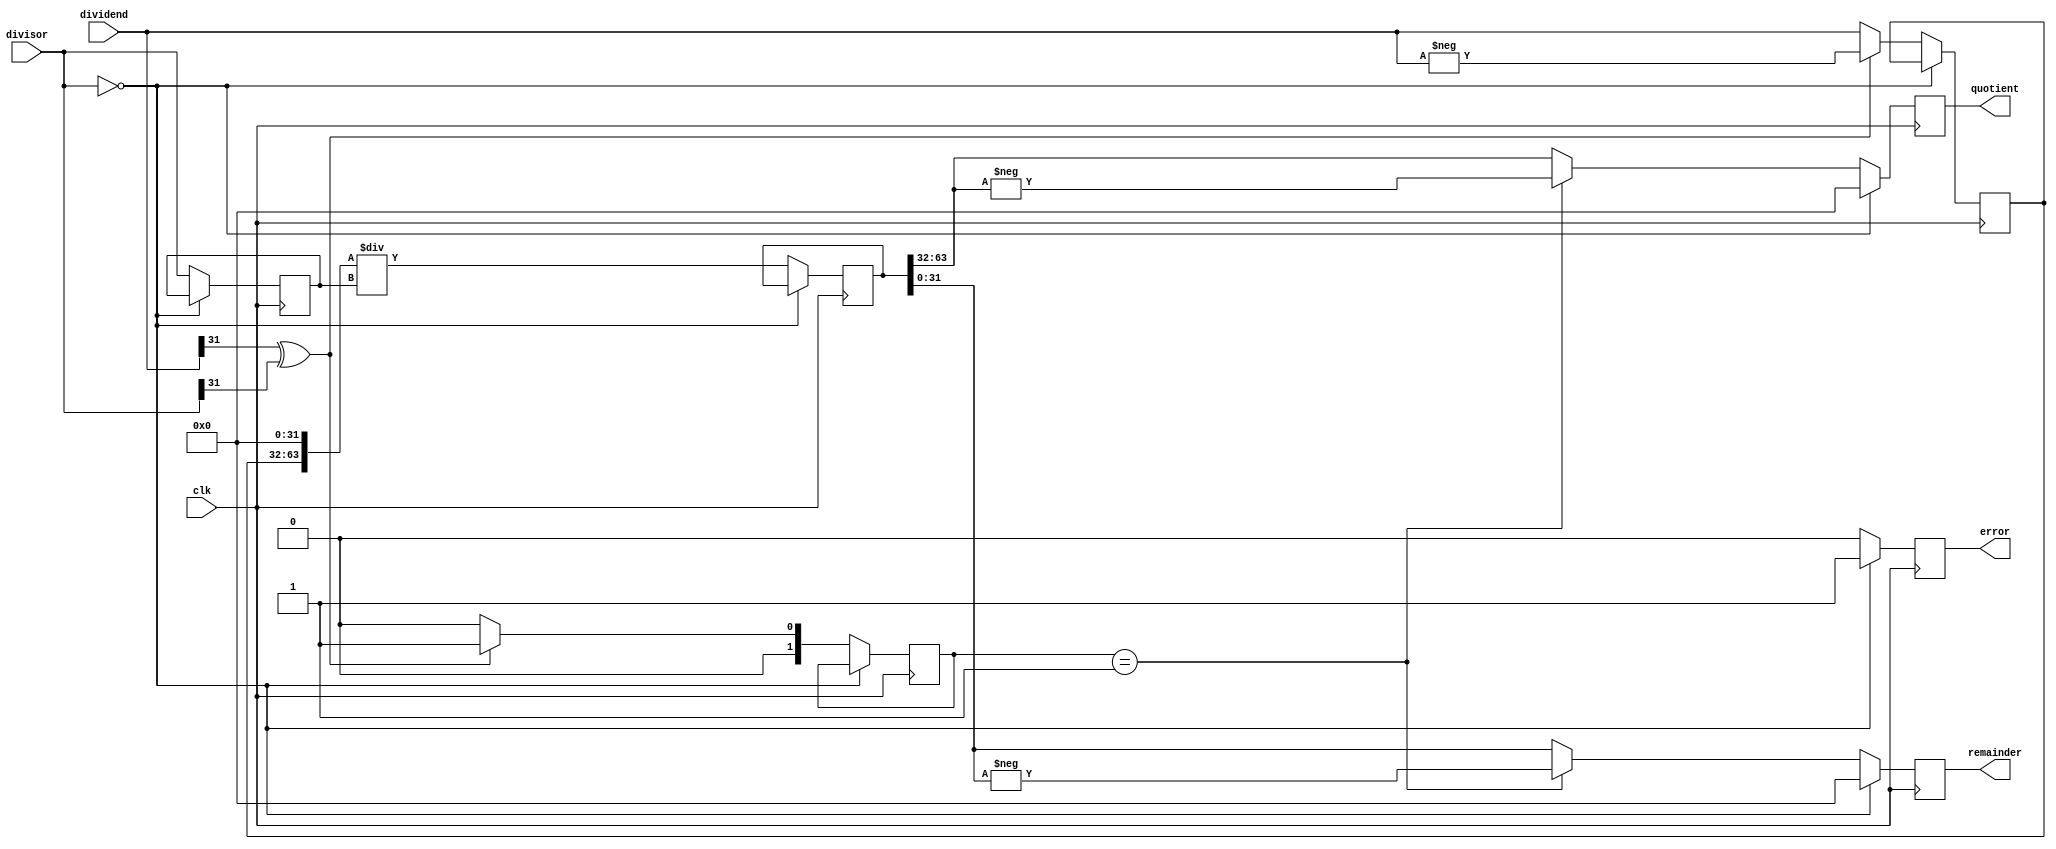
module Synchronous_Divider (
    input wire clk,
    input wire [31:0] dividend,
    input wire [31:0] divisor,
    output reg [31:0] quotient,
    output reg [31:0] remainder,
    output reg error
);

reg [31:0] temp_dividend;
reg [31:0] temp_divisor;
reg [63:0] temp_result;
reg [1:0] sign;
reg [31:0] count;

always @(posedge clk) begin
    if (divisor == 0) begin
        error <= 1;
        quotient <= 32'h0;
        remainder <= 32'h0;
    end else begin
        error <= 0;
        temp_dividend <= dividend;
        temp_divisor <= divisor;
        sign <= 2'b00;
        
        if (dividend[31] ^ divisor[31] == 1) begin
            sign <= 2'b01;  // set negative sign
            temp_dividend <= -dividend;
        end
        
        temp_result <= {temp_dividend, 32'h0} / temp_divisor;
        
        if (sign == 2'b01) begin
            quotient <= -temp_result[63:32];
            remainder <= -temp_result[31:0];
        end else begin
            quotient <= temp_result[63:32];
            remainder <= temp_result[31:0];
        end
    end
end

endmodule